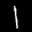
Label: 1